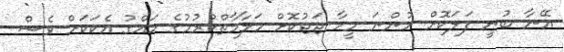
އޭނާ ބުނީ ފަލަކޮށް ހުންނަ މީހާ ޖަޖުކޮށް މަލާމާތްކުރުމުގެ ހައްގު އެކަކަށް ވެސް